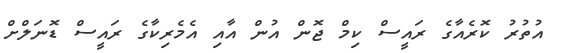
އުތުރު ކޮރެއާގެ ރައީސް ކިމް ޖޮން އުން އާއި އެމެރިކާގެ ރައީސް ޑޮނަލްށް